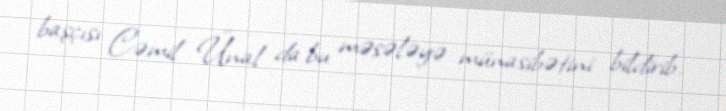
başçısı Cəmil Ünal da bu məsələyə münasibətini bildirib.